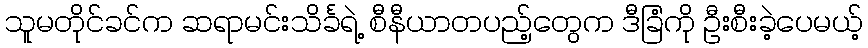
သူမတိုင်ခင်က ဆရာမင်းသိင်္ခရဲ့ စီနီယာတပည့်တွေက ဒီခြံကို ဦးစီးခဲ့ပေမယ့်